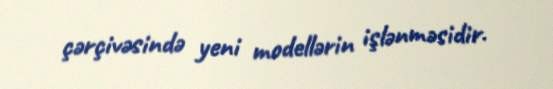
çərçivəsində yeni modellərin işlənməsidir.